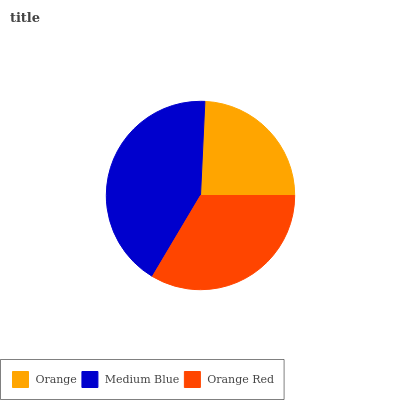
| Orange | Medium Blue | Orange Red |
 | --- | --- | --- |
 | 24.2% | 42.2% | 33.6% |